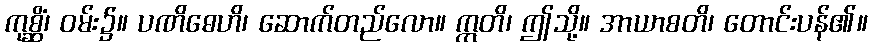
ကုစ္ဆိံ၊ ဝမ်း၌။ ပဏိဓေဟိ၊ ဆောက်တည်လော။ ဣတိ၊ ဤသို့။ အာယာစတိ၊ တောင်းပန်၏။